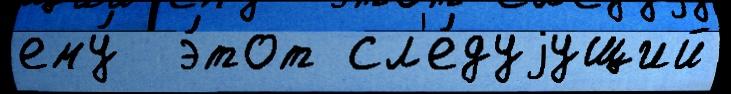
ему́  э́тот сл'е́дуjущий